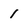
Character: 1